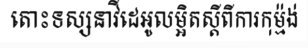
តោះទស្សនាវីដេអូលម្អិតស្តីពីការកុម្ម៉ង់